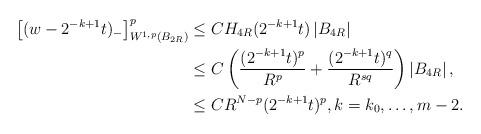
LaTeX: \begin{align*} \left[(w-2^{-k+1} t)_{-}\right]_{W^{1,p}\left(B_{2R}\right)}^p& \leq CH_{4 R}(2^{-k+1} t)\left|B_{4 R}\right| \\& \leq C\left(\frac{(2^{-k+1} t)^{p}}{R^p}+ \frac{(2^{-k+1} t)^q}{R^{s q}}\right)\left|B_{4 R}\right|, \\&\leq C R^{N-p} (2^{-k+1} t)^{p},k=k_0, \ldots,m-2.\end{align*}